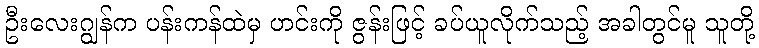
ဦးလေးဂျွန်က ပန်းကန်ထဲမှ ဟင်းကို ဇွန်းဖြင့် ခပ်ယူလိုက်သည့် အခါတွင်မူ သူတို့